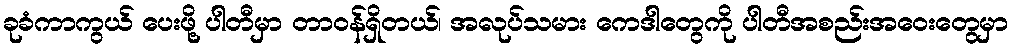
ခုခံကာကွယ် ပေးဖို့ ပါတီမှာ တာဝန်ရှိတယ်၊ အလုပ်သမား ကေဒါတွေကို ပါတီအစည်းအဝေးတွေမှာ